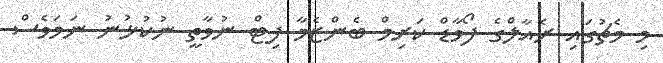
މި މެޗުގައި ރެއާލްގެ ފޯވާޑް ކަރިމް ބެންޒެމާ ފިޓް ނުވާތީ ނުކުޅުނު ނަމަވެސް